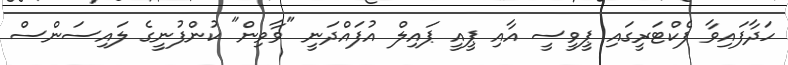
ހަދާފައިވާ ފެކްޓަރީގައި ޕީވީސީ އާއި ޕީއީ ޕައިލް އުފައްދަނީ "ވާވިން" ކުންފުނީގެ ލައިސަންސް